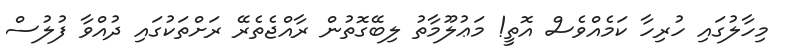
މިހާލުގައި ހުރިހާ ކަމެއްވެސް އޮތީ! މަޢުލޫމާތު ލިބޭގޮތުން ރާއްޖެތެރޭ ރަށްތަކުގައި ދުއްވާ ފުލުސް